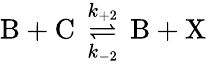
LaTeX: \mathrm{B}+\mathrm{C}\, \underset{k_{-2}}{\overset{k_{+2}}{\rightleftharpoons}}\, \mathrm{B}+\mathrm{X}